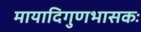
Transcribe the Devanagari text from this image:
मायादिगुणभासकः